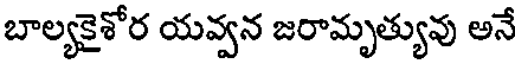
బాల్యకైశోర యవ్వన జరామృత్యువు అనే